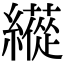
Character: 𦆬